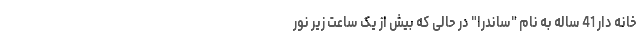
خانه دار 41 ساله به نام "ساندرا" در حالی که بیش از یک ساعت زیر نور